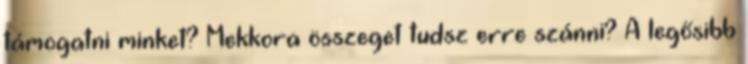
támogatni minket? Mekkora összeget tudsz erre szánni? A legősibb